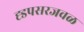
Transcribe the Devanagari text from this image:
ह्डपसरजवळ